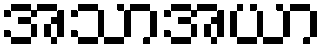
အသာအယာ